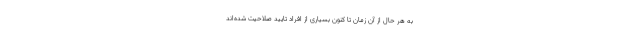
به هر حال از آن زمان تا کنون بسیاری از افراد تایید صلاحیت شده‌اند